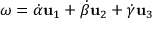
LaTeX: { \boldsymbol { \omega } } = { \dot { \alpha } } \mathbf { u } _ { 1 } + { \dot { \beta } } \mathbf { u } _ { 2 } + { \dot { \gamma } } \mathbf { u } _ { 3 }